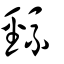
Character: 巰